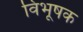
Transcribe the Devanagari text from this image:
विभूषक